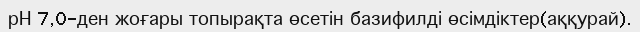
рН 7,0-ден жоғары топырақта өсетін базифилді өсімдіктер(аққурай).